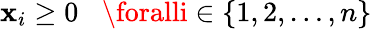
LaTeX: \mathbf{x}_{i}\geq0\; \; \; \foralli\in\{ 1,2,\ldots,n\}